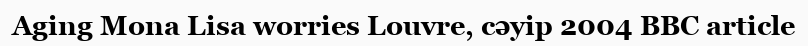
Aging Mona Lisa worries Louvre, сәуір 2004 BBC article